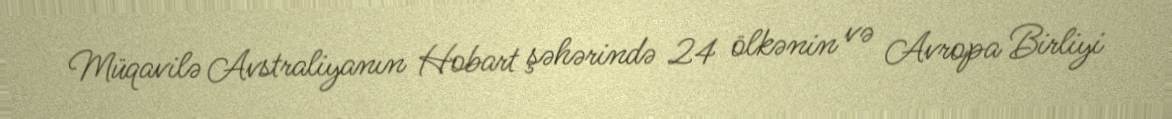
Müqavilə Avstraliyanın Hobart şəhərində 24 ölkənin və Avropa Birliyi